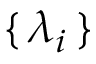
\{ \, \lambda _ { i } \, \}